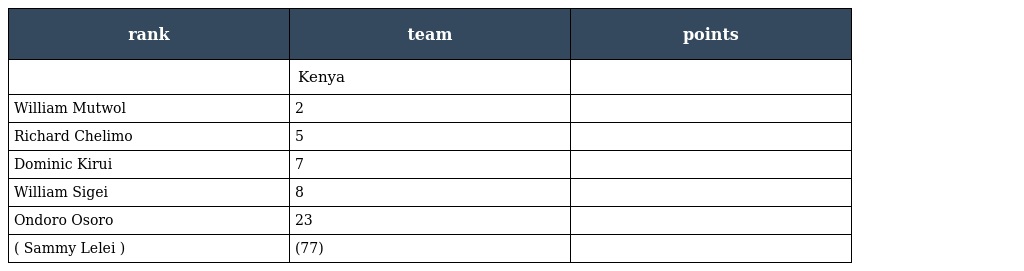
| rank | team | points |
 | --- | --- | --- |
 |  | Kenya |  |
 | William Mutwol | 2 |  |
 | Richard Chelimo | 5 |  |
 | Dominic Kirui | 7 |  |
 | William Sigei | 8 |  |
 | Ondoro Osoro | 23 |  |
 | ( Sammy Lelei ) | (77) |  |